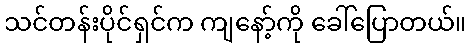
သင်တန်းပိုင်ရှင်က ကျနော့်ကို ခေါ်ပြောတယ်။